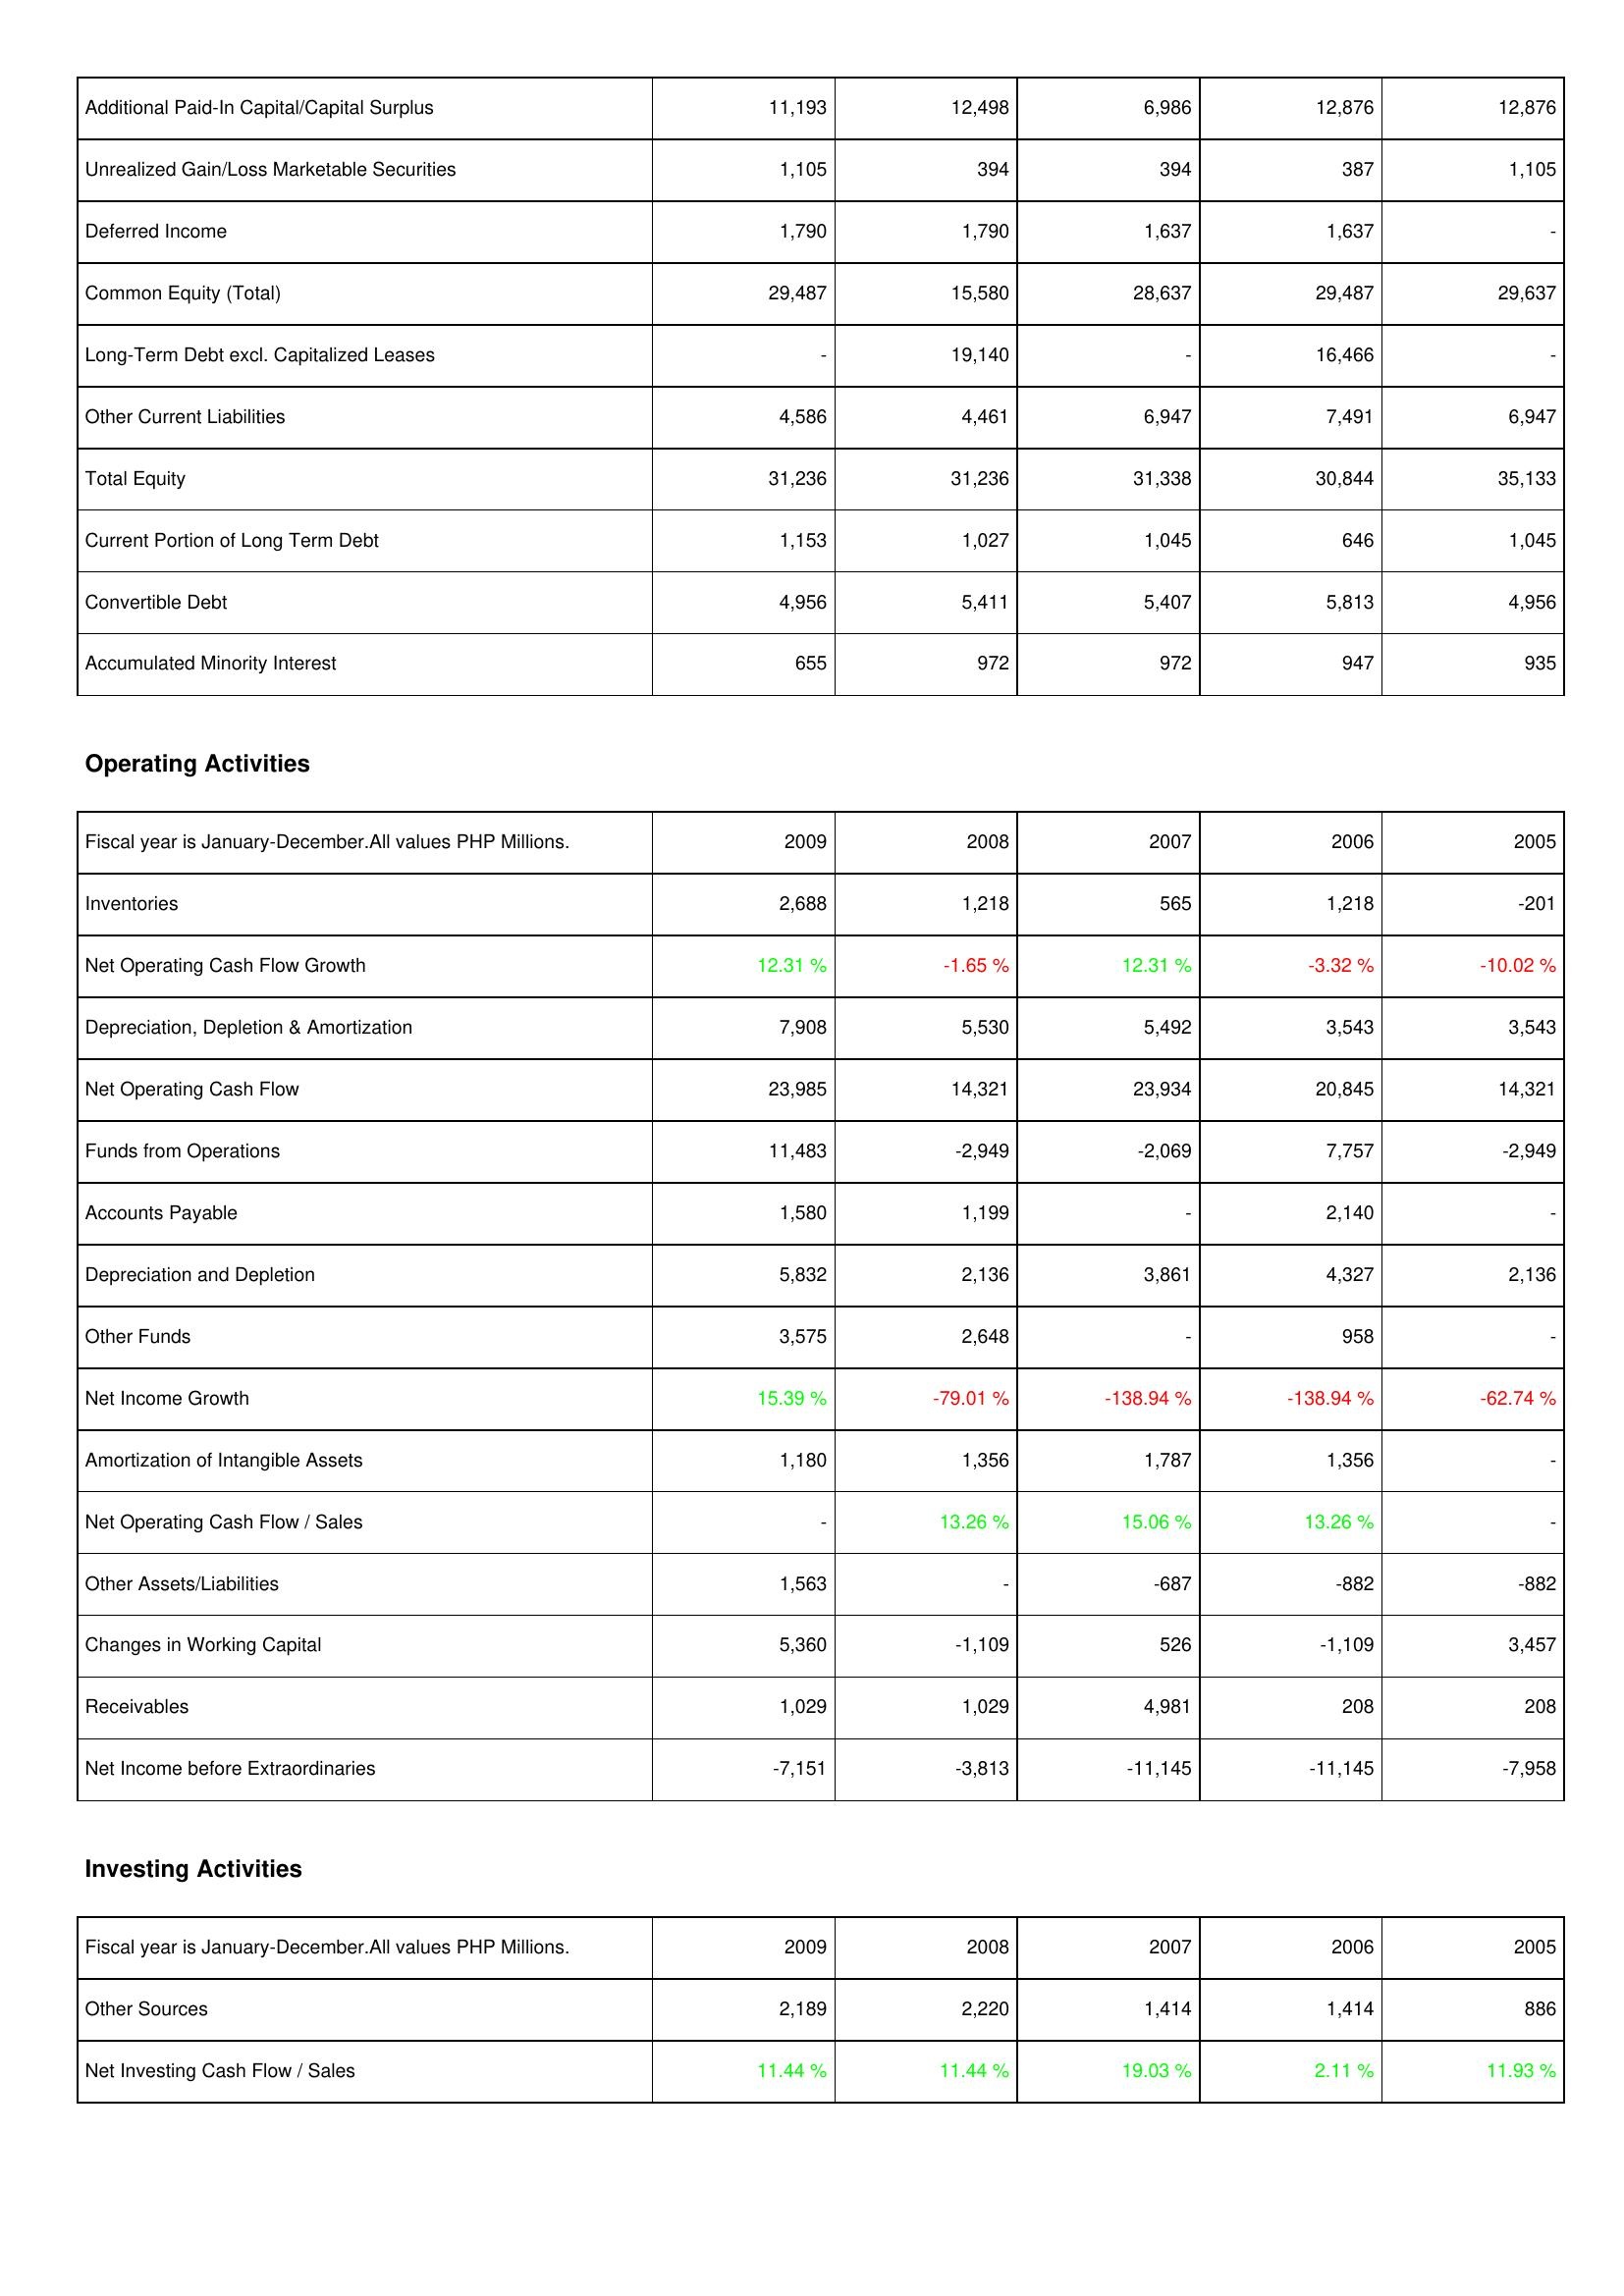
2009: Liabilities & Shareholders' Equity: Additional Paid-In Capital/Capital Surplus: 11,193
Unrealized Gain/Loss Marketable Securities: 1,105
Deferred Income: 1,790
Common Equity (Total): 29,487
Long-Term Debt excl. Capitalized Leases: -
Other Current Liabilities: 4,586
Total Equity: 31,236
Current Portion of Long Term Debt: 1,153
Convertible Debt: 4,956
Accumulated Minority Interest: 655
Operating Activities: Inventories: 2,688
Net Operating Cash Flow Growth: 12.31 %
Depreciation, Depletion & Amortization: 7,908
Net Operating Cash Flow: 23,985
Funds from Operations: 11,483
Accounts Payable: 1,580
Depreciation and Depletion: 5,832
Other Funds: 3,575
Net Income Growth: 15.39 %
Amortization of Intangible Assets: 1,180
Net Operating Cash Flow / Sales: -
Other Assets/Liabilities: 1,563
Changes in Working Capital: 5,360
Receivables: 1,029
Net Income before Extraordinaries: -7,151
Investing Activities: Other Sources: 2,189
Net Investing Cash Flow / Sales: 11.44 %
2008: Liabilities & Shareholders' Equity: Additional Paid-In Capital/Capital Surplus: 12,498
Unrealized Gain/Loss Marketable Securities: 394
Deferred Income: 1,790
Common Equity (Total): 15,580
Long-Term Debt excl. Capitalized Leases: 19,140
Other Current Liabilities: 4,461
Total Equity: 31,236
Current Portion of Long Term Debt: 1,027
Convertible Debt: 5,411
Accumulated Minority Interest: 972
Operating Activities: Inventories: 1,218
Net Operating Cash Flow Growth: -1.65 %
Depreciation, Depletion & Amortization: 5,530
Net Operating Cash Flow: 14,321
Funds from Operations: -2,949
Accounts Payable: 1,199
Depreciation and Depletion: 2,136
Other Funds: 2,648
Net Income Growth: -79.01 %
Amortization of Intangible Assets: 1,356
Net Operating Cash Flow / Sales: 13.26 %
Other Assets/Liabilities: -
Changes in Working Capital: -1,109
Receivables: 1,029
Net Income before Extraordinaries: -3,813
Investing Activities: Other Sources: 2,220
Net Investing Cash Flow / Sales: 11.44 %
2007: Liabilities & Shareholders' Equity: Additional Paid-In Capital/Capital Surplus: 6,986
Unrealized Gain/Loss Marketable Securities: 394
Deferred Income: 1,637
Common Equity (Total): 28,637
Long-Term Debt excl. Capitalized Leases: -
Other Current Liabilities: 6,947
Total Equity: 31,338
Current Portion of Long Term Debt: 1,045
Convertible Debt: 5,407
Accumulated Minority Interest: 972
Operating Activities: Inventories: 565
Net Operating Cash Flow Growth: 12.31 %
Depreciation, Depletion & Amortization: 5,492
Net Operating Cash Flow: 23,934
Funds from Operations: -2,069
Accounts Payable: -
Depreciation and Depletion: 3,861
Other Funds: -
Net Income Growth: -138.94 %
Amortization of Intangible Assets: 1,787
Net Operating Cash Flow / Sales: 15.06 %
Other Assets/Liabilities: -687
Changes in Working Capital: 526
Receivables: 4,981
Net Income before Extraordinaries: -11,145
Investing Activities: Other Sources: 1,414
Net Investing Cash Flow / Sales: 19.03 %
2006: Liabilities & Shareholders' Equity: Additional Paid-In Capital/Capital Surplus: 12,876
Unrealized Gain/Loss Marketable Securities: 387
Deferred Income: 1,637
Common Equity (Total): 29,487
Long-Term Debt excl. Capitalized Leases: 16,466
Other Current Liabilities: 7,491
Total Equity: 30,844
Current Portion of Long Term Debt: 646
Convertible Debt: 5,813
Accumulated Minority Interest: 947
Operating Activities: Inventories: 1,218
Net Operating Cash Flow Growth: -3.32 %
Depreciation, Depletion & Amortization: 3,543
Net Operating Cash Flow: 20,845
Funds from Operations: 7,757
Accounts Payable: 2,140
Depreciation and Depletion: 4,327
Other Funds: 958
Net Income Growth: -138.94 %
Amortization of Intangible Assets: 1,356
Net Operating Cash Flow / Sales: 13.26 %
Other Assets/Liabilities: -882
Changes in Working Capital: -1,109
Receivables: 208
Net Income before Extraordinaries: -11,145
Investing Activities: Other Sources: 1,414
Net Investing Cash Flow / Sales: 2.11 %
2005: Liabilities & Shareholders' Equity: Additional Paid-In Capital/Capital Surplus: 12,876
Unrealized Gain/Loss Marketable Securities: 1,105
Deferred Income: -
Common Equity (Total): 29,637
Long-Term Debt excl. Capitalized Leases: -
Other Current Liabilities: 6,947
Total Equity: 35,133
Current Portion of Long Term Debt: 1,045
Convertible Debt: 4,956
Accumulated Minority Interest: 935
Operating Activities: Inventories: -201
Net Operating Cash Flow Growth: -10.02 %
Depreciation, Depletion & Amortization: 3,543
Net Operating Cash Flow: 14,321
Funds from Operations: -2,949
Accounts Payable: -
Depreciation and Depletion: 2,136
Other Funds: -
Net Income Growth: -62.74 %
Amortization of Intangible Assets: -
Net Operating Cash Flow / Sales: -
Other Assets/Liabilities: -882
Changes in Working Capital: 3,457
Receivables: 208
Net Income before Extraordinaries: -7,958
Investing Activities: Other Sources: 886
Net Investing Cash Flow / Sales: 11.93 %